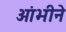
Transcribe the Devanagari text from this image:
आंभीने